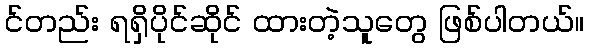
င်တည်း ရရှိပိုင်ဆိုင် ထားတဲ့သူတွေ ဖြစ်ပါတယ်။